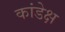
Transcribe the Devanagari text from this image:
कांडेक्ष